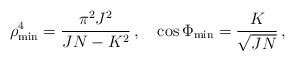
\begin{align*}\rho _{\rm min}^4=\frac{\pi ^2J^2}{JN-K^2}\, , \quad \cos \Phi _{\rm min}=\frac{K}{\sqrt{JN}}\, ,\end{align*}